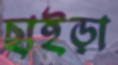
ছাইড়া